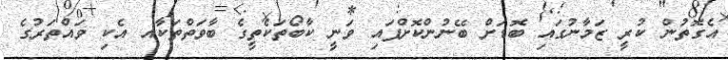
އެގޮތުން ކުރީ ޒަމާނުގައި ބޮޑަށް ބޭނުންކޮށްފައި ވަނީ ކާބޯތަކެތީގެ ބާވަތްތަކާއ އެކި ވައްތަރުގެ